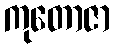
ကုတောဇာ